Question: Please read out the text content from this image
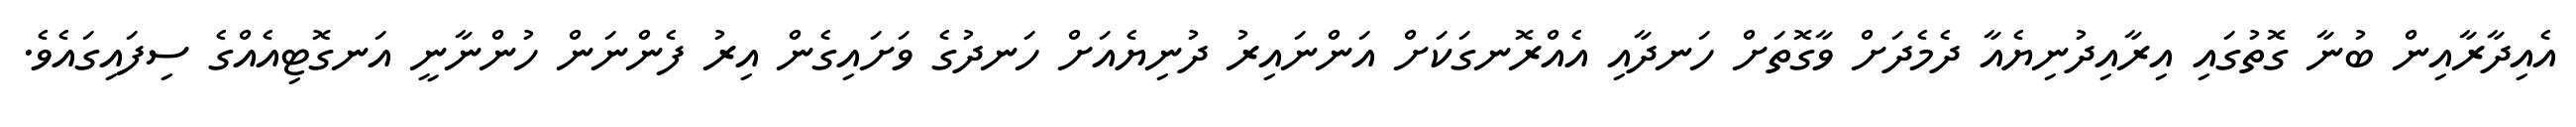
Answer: އެއިދާރާއިން ބުނާ ގޮތުގައި އިރާއިދުނިޔެއާ ދެމެދަށް ވާގޮތަށް ހަނދާއި އެއްރޮނގަކަށް އަންނައިރު ދުނިޔެއަށް ހަނދުގެ ވަށައިގެން އިރު ފެންނަން ހުންނާނީ އަނގޮޓިއެއްގެ ސިފައިގައެވެ.